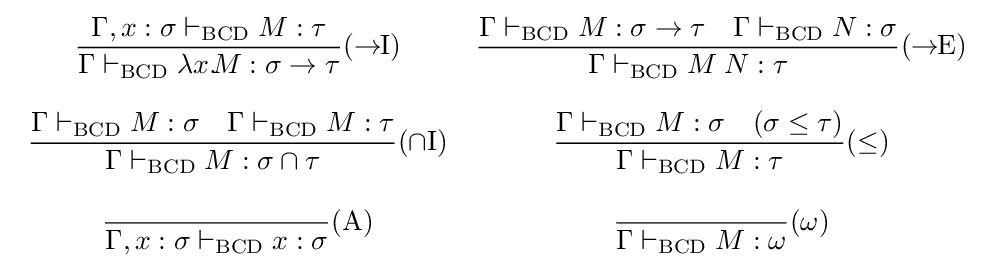
{\begin{array}{cc}{\dfrac {\Gamma ,x:\sigma \vdash _{\text{BCD}}M:\tau }{\Gamma \vdash _{\text{BCD}}\lambda x.\!M:\sigma \to \tau }}(\to \!\!{\text{I}})&{\dfrac {\Gamma \vdash _{\text{BCD}}M:\sigma \to \tau \quad \Gamma \vdash _{\text{BCD}}N:\sigma }{\Gamma \vdash _{\text{BCD}}M\;N:\tau }}(\to \!\!{\text{E}})\\\\{\dfrac {\Gamma \vdash _{\text{BCD}}M:\sigma \quad \Gamma \vdash _{\text{BCD}}M:\tau }{\Gamma \vdash _{\text{BCD}}M:\sigma \cap \tau }}(\cap {\text{I}})&{\dfrac {\Gamma \vdash _{\text{BCD}}M:\sigma \quad (\sigma \leq \tau )}{\Gamma \vdash _{\text{BCD}}M:\tau }}(\leq )\\\\{\dfrac {}{\Gamma ,x:\sigma \vdash _{\text{BCD}}x:\sigma }}({\text{A}})&{\dfrac {}{\Gamma \vdash _{\text{BCD}}M:\omega }}(\omega )\end{array}}